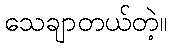
သေချာတယ်တဲ့။